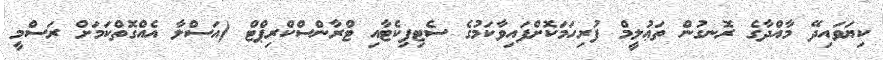
ކިޔަވައިދޭ މާއްދާގެ ރޮނގުން ތަޢުލީމް ފުރިހަމަކޮށްފައިވާކަމުގެ ސެޓިފިކެޓާއި ޓްރާންސްކްރިޕްޓް (އަސްލާ އެއްގޮތްކަމަށް ރަސްމީ